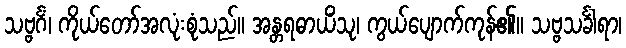
သဗ္ဗင်္ဂံ၊ ကိုယ်တော်အလုံးစုံသည်။ အန္တရဓာယိံသု၊ ကွယ်ပျောက်ကုန်၏။ သဗ္ဗသင်္ခါရာ၊